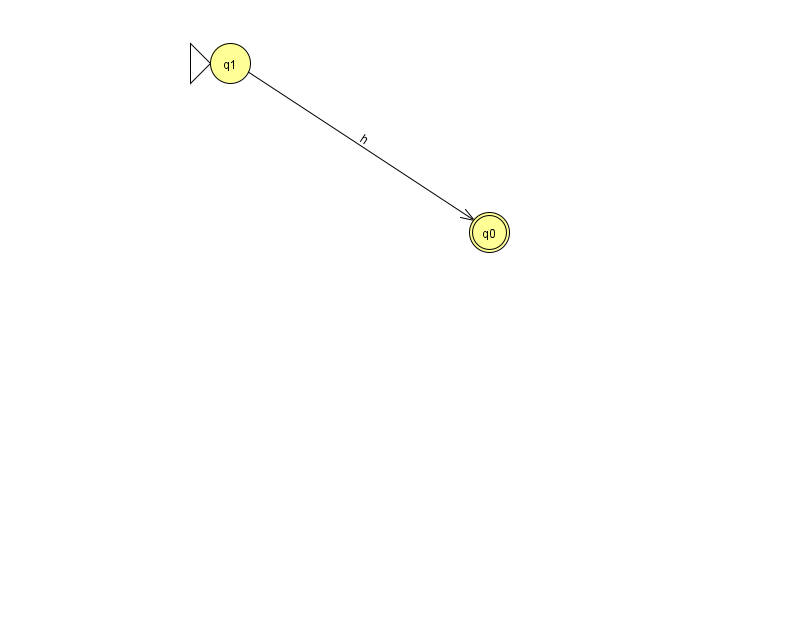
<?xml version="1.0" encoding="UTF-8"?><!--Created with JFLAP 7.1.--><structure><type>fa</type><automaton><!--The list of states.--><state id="0" name="q0"><x>489.0</x><y>219.0</y><final/></state><state id="1" name="q1"><x>230.0</x><y>50.0</y><initial/></state><!--The list of transitions.--><transition><from>1</from><to>0</to><read>h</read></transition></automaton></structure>